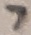
Text: 7